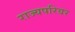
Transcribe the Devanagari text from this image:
राज्यपरिवर